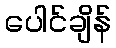
ပေါင်ချိန်